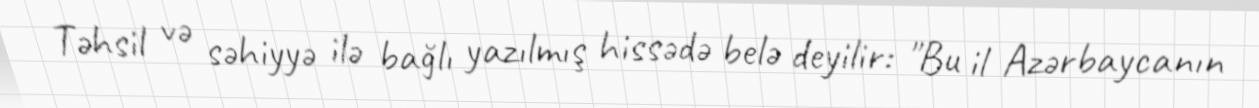
Təhsil və səhiyyə ilə bağlı yazılmış hissədə belə deyilir: "Bu il Azərbaycanın